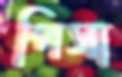
পিসা